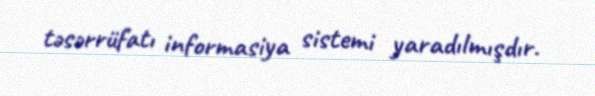
təsərrüfatı informasiya sistemi yaradılmışdır.